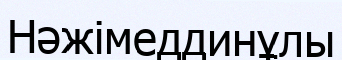
Нәжімеддинұлы